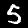
Digit: 5